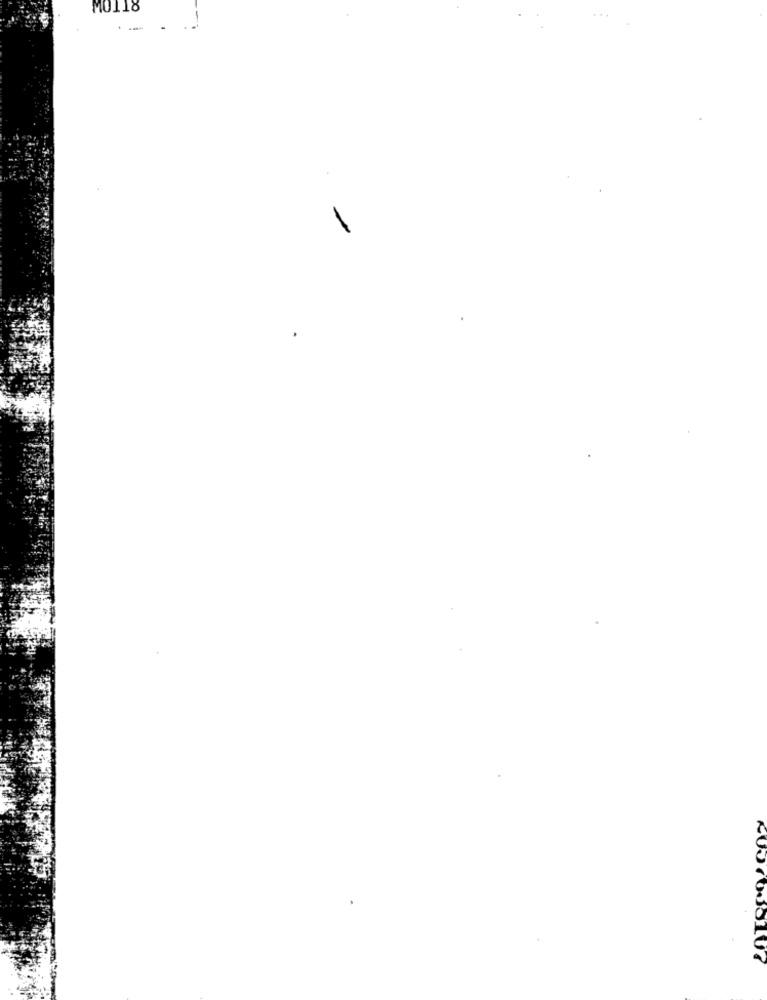
MO118